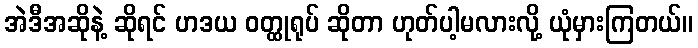
အဲဒီအဆိုနဲ့ ဆိုရင် ဟဒယ ဝတ္ထုရုပ် ဆိုတာ ဟုတ်ပါ့မလားလို့ ယုံမှားကြတယ်။